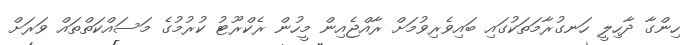
ހިންގާ ދާހިލީ ހަނގުރާމަތަކުގައި ބައިވެރިވުމަށް ރާއްޖެއިން މީހުން ރެކްރޫޓު ކުރުމުގެ މަސައްކަތްތައް ވަރަށް